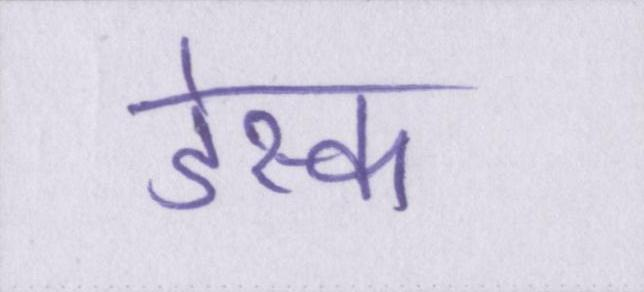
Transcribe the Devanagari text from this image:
डेस्क